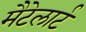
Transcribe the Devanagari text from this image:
मैटेलार्ट